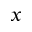
x